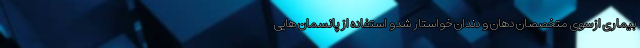
بیماری ازسوی متخصصان دهان و دندان خواستار شدو استفاده از پانسمان هایی